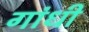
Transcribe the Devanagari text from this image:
गांंधी